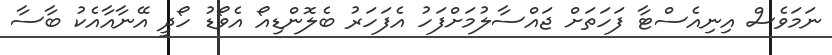
ނަމަވެސް އިނިއެސްޓާ ފަހަތަށް ޖައްސާލުމަށްފަހު އެފަހަރު ބެލޮންޑިއޯ އެވޯޑު ހޯދީ އޭނާއާއެކު ބާސާ